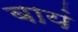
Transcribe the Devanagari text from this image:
बायं